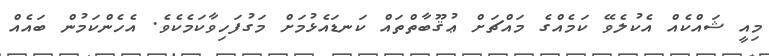
މިއީ ޝައްކެއް އެކުލެވޭ ކަމެއްގެ މައްޗަށް ޢުޤޫބާތްތައް ކަނޑައެޅުމަށް މަގުފަހިވާކަމެކެވެ. އެހެންކަމުން ބައެއް